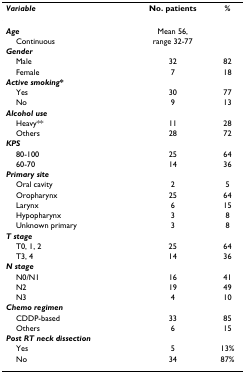
<table><thead><tr><td><b><i>Variable</i></b></td><td><b>No. patients</b></td><td><b>%</b></td></tr></thead><tbody><tr><td><b><i>Age</i></b></td><td>Mean 56,</td><td></td></tr><tr><td> Continuous</td><td>range 32-77</td><td></td></tr><tr><td><b><i>Gender</i></b></td><td></td><td></td></tr><tr><td> Male</td><td>32</td><td>82</td></tr><tr><td> Female</td><td>7</td><td>18</td></tr><tr><td><b><i>Active smoking</i>*</b></td><td></td><td></td></tr><tr><td> Yes</td><td>30</td><td>77</td></tr><tr><td> No</td><td>9</td><td>13</td></tr><tr><td><b><i>Alcohol use</i></b></td><td></td><td></td></tr><tr><td> Heavy**</td><td>11</td><td>28</td></tr><tr><td> Others</td><td>28</td><td>72</td></tr><tr><td><b><i>KPS</i></b></td><td></td><td></td></tr><tr><td> 80-100</td><td>25</td><td>64</td></tr><tr><td> 60-70</td><td>14</td><td>36</td></tr><tr><td><b><i>Primary site</i></b></td><td></td><td></td></tr><tr><td> Oral cavity</td><td>2</td><td>5</td></tr><tr><td> Oropharynx</td><td>25</td><td>64</td></tr><tr><td> Larynx</td><td>6</td><td>15</td></tr><tr><td> Hypopharynx</td><td>3</td><td>8</td></tr><tr><td> Unknown primary</td><td>3</td><td>8</td></tr><tr><td><b><i>T stage</i></b></td><td></td><td></td></tr><tr><td> T0, 1, 2</td><td>25</td><td>64</td></tr><tr><td> T3, 4</td><td>14</td><td>36</td></tr><tr><td><b><i>N stage</i></b></td><td></td><td></td></tr><tr><td> N0/N1</td><td>16</td><td>41</td></tr><tr><td> N2</td><td>19</td><td>49</td></tr><tr><td> N3</td><td>4</td><td>10</td></tr><tr><td><b><i>Chemo regimen</i></b></td><td></td><td></td></tr><tr><td> CDDP-based</td><td>33</td><td>85</td></tr><tr><td> Others</td><td>6</td><td>15</td></tr><tr><td><b><i>Post RT neck dissection</i></b></td><td></td><td></td></tr><tr><td> Yes</td><td>5</td><td>13%</td></tr><tr><td> No</td><td>34</td><td>87%</td></tr></tbody></table>